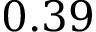
0 . 3 9